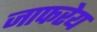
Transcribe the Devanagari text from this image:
जाफरेय